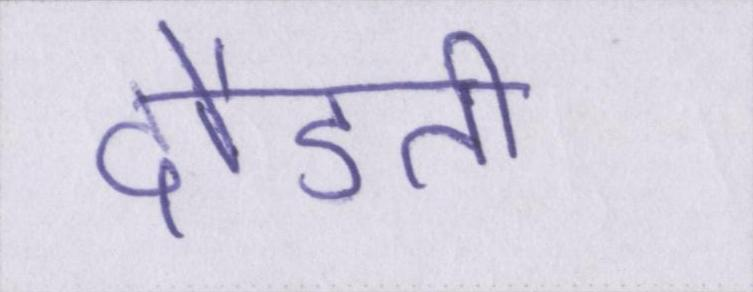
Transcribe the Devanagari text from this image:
दौडती